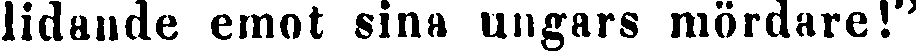
lidande emot sina ungars mördare!"